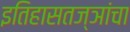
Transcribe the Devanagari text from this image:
इतिहासतज्ञांचा